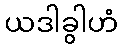
ယဒါခွါဟံ